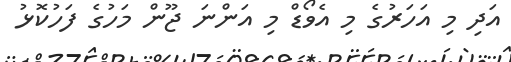
އަދި މި އަހަރުގެ މި އެވޯޑް މި އަންނަ ޖޫން މަހުގެ ފަހުކޮޅު